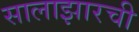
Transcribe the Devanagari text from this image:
सालाझारची